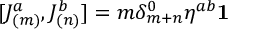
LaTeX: \lbrack J _ { ( m ) } ^ { a } , J _ { ( n ) } ^ { b } ] = m \delta _ { m + n } ^ { 0 } \eta ^ { a b } \mathbf { 1 }